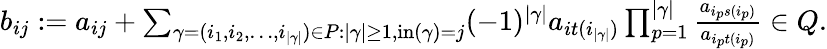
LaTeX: \begin{array}{r}{b_{ij}:=a_{ij}+\sum_{\gamma=(i_{1},i_{2},\dotsc,i_{|\gamma|})\in P:|\gamma|\geq 1,\operatorname{in}(\gamma)=j}(-1)^{|\gamma|}a_{it(i_{|\gamma|})}\prod_{p=1}^{|\gamma|}\frac{a_{i_{p}s(i_{p})}}{a_{i_{p}t(i_{p})}}\in Q.}\end{array}